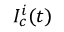
I _ { c } ^ { i } ( t )